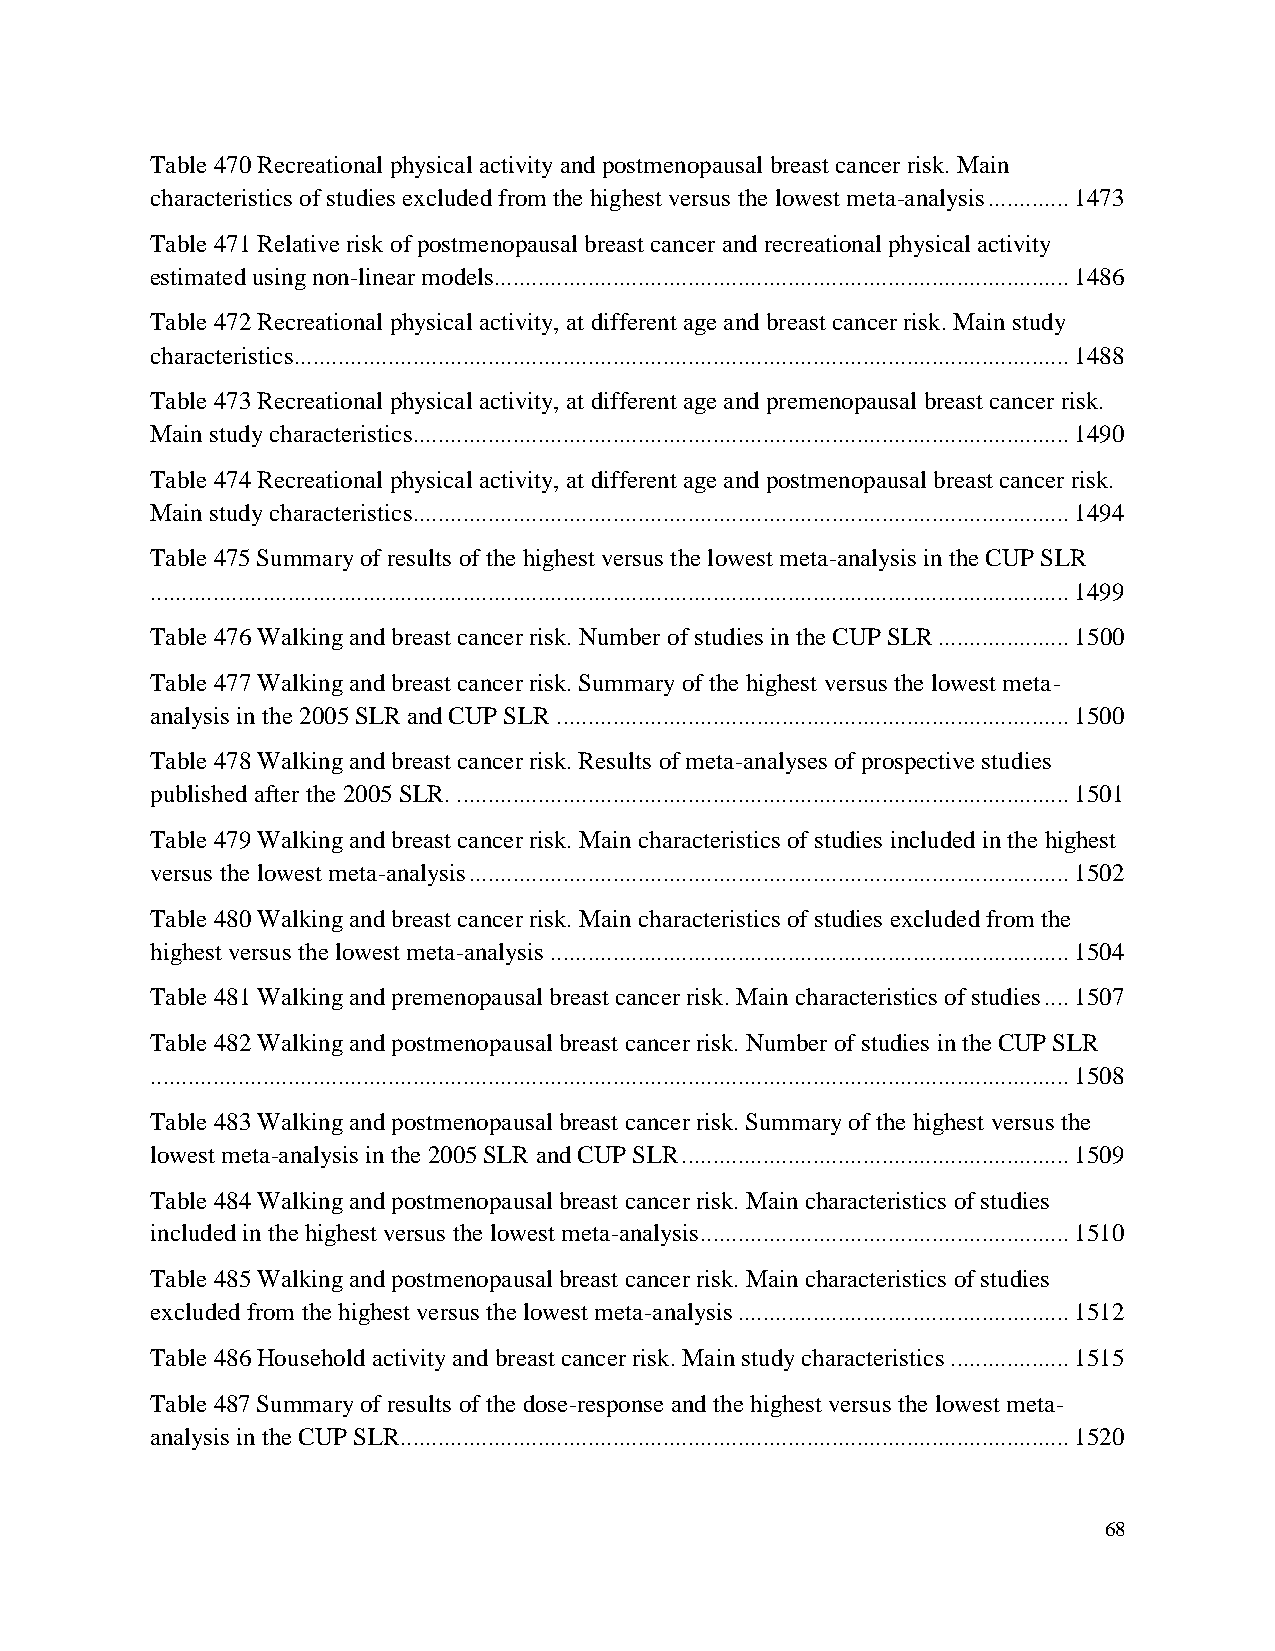
Table 470 Recreational physical activity and postmenopausal breast cancer risk. Main
 characteristics of studies excluded from the highest versus the lowest meta-analysis ............. 1473
 Table 471 Relative risk of postmenopausal breast cancer and recreational physical activity
 estimated using non-linear models............................................................................................ 1486
 Table 472 Recreational physical activity, at different age and breast cancer risk. Main study
 characteristics ............................................................................................................................ 1488
 Table 473 Recreational physical activity, at different age and premenopausal breast cancer risk.
 Main study characteristics......................................................................................................... 1490
 Table 474 Recreational physical activity, at different age and postmenopausal breast cancer risk.
 Main study characteristics......................................................................................................... 1494
 Table 475 Summary of results of the highest versus the lowest meta-analysis in the CUP SLR
 ................................................................................................................................................... 1499
 Table 476 Walking and breast cancer risk. Number of studies in the CUP SLR ..................... 1500
 Table 477 Walking and breast cancer risk. Summary of the highest versus the lowest meta-
 analysis in the 2005 SLR and CUP SLR .................................................................................. 1500
 Table 478 Walking and breast cancer risk. Results of meta-analyses of prospective studies
 published after the 2005 SLR. .................................................................................................. 1501
 Table 479 Walking and breast cancer risk. Main characteristics of studies included in the highest
 versus the lowest meta-analysis ................................................................................................ 1502
 Table 480 Walking and breast cancer risk. Main characteristics of studies excluded from the
 highest versus the lowest meta-analysis ................................................................................... 1504
 Table 481 Walking and premenopausal breast cancer risk. Main characteristics of studies .... 1507
 Table 482 Walking and postmenopausal breast cancer risk. Number of studies in the CUP SLR
 ................................................................................................................................................... 1508
 Table 483 Walking and postmenopausal breast cancer risk. Summary of the highest versus the
 lowest meta-analysis in the 2005 SLR and CUP SLR .............................................................. 1509
 Table 484 Walking and postmenopausal breast cancer risk. Main characteristics of studies
 included in the highest versus the lowest meta-analysis ........................................................... 1510
 Table 485 Walking and postmenopausal breast cancer risk. Main characteristics of studies
 excluded from the highest versus the lowest meta-analysis ..................................................... 1512
 Table 486 Household activity and breast cancer risk. Main study characteristics ................... 1515
 Table 487 Summary of results of the dose-response and the highest versus the lowest meta-
 analysis in the CUP SLR........................................................................................................... 1520
 68